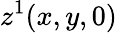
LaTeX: z^{1}(x,y,0)